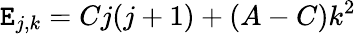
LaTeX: \mathtt{E}_{j,k}=Cj(j+1)+(A-C)k^{2}